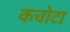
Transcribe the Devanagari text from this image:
कचोटा